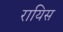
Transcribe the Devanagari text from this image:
रायिस